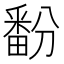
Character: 𬏔